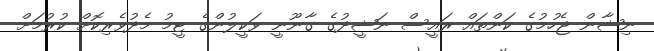
ނިޝާން ޖެހުމުގެ ކަންތައް ރައީސް ނަޝީދުގެ ގާނޫނީ ވަކީލުންގެ ޓީމު މެދުވެރިކޮށް ކުރުމަށް